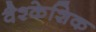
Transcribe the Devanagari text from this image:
वैश्केशिक